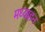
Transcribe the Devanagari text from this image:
मध्याहन